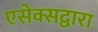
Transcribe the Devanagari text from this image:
एसेक्सद्वारा